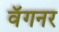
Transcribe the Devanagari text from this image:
वॅगनर